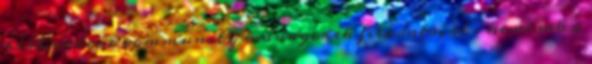
bíró online community manager ek feladata, aki nemcsak a